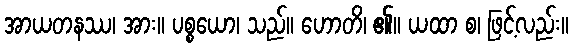
အာယတနဿ၊ အား။ ပစ္စယော၊ သည်။ ဟောတိ၊ ၏။ ယထာ စ၊ ဖြင့်လည်း။